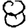
Digit: 8